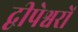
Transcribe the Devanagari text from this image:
द्वीपेश्वरों